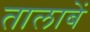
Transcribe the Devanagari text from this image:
तालाबें